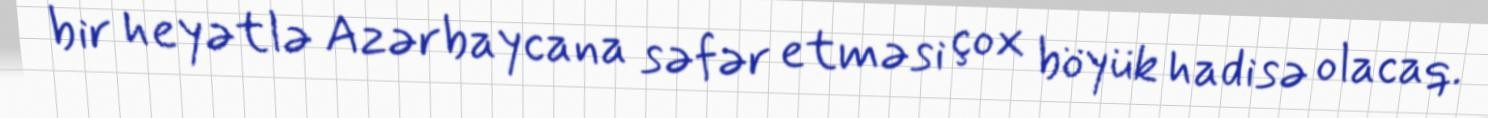
bir heyətlə Azərbaycana səfər etməsi çox böyük hadisə olacaq.